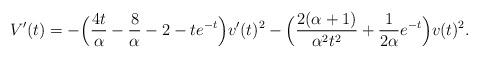
LaTeX: \begin{align*} V' (t) =-\Bigl (\frac {4t} {\alpha }-\frac {8} {\alpha }-2-te^{-t}\Bigr ) v' (t) ^2-\Bigl (\frac {2(\alpha +1)} {\alpha ^2 t^2} + \frac {1} {2\alpha }e^{-t}\Bigr )v (t)^2.\end{align*}